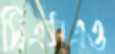
সিএসএও